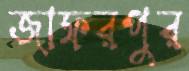
জাফরপুর